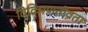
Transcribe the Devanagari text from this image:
विकिरणतीव्रता